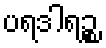
ပရဒါရဉ္စ